Document type: Sale
Year: 1423
Scribe: Joan Franc
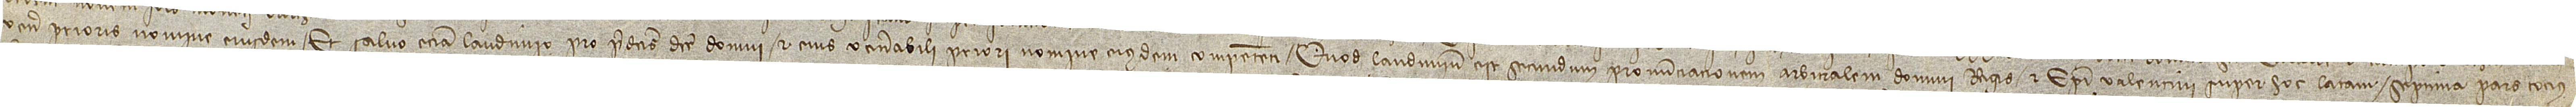
venerabilis prioris nomine eiusdem; et salvo etiam laudimio pro predictis dicte domui et eius venerabili priori nomine eiusdem competenti. Quod laudimium est, secundum pronunciacionem arbitralem domini regis et episcopi Valentini super hoc latam, septima pars tocius